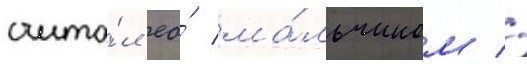
счита́л ео́ ма́льчиком //